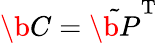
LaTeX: \b{C}=\tilde{\b{P}}^{\mathrm{T}}